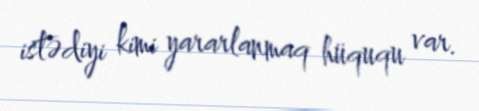
istədiyi kimi yararlanmaq hüququ var.